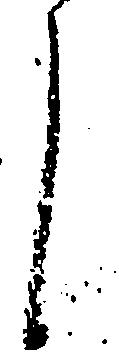
し